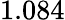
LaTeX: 1.084